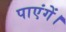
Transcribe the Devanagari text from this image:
पाएंगें।